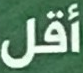
أقل